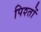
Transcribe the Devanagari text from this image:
पिश्तों